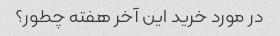
در مورد خرید این آخر هفته چطور؟